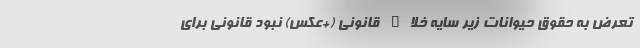
تعرض به حقوق حیوانات زیر سایه خلاء قانونی (+عکس) نبود قانونی برای